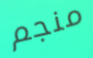
منجم